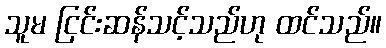
သူမ ငြင်းဆန်သင့်သည်ဟု ထင်သည်။